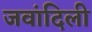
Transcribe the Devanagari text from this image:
जवांदिली